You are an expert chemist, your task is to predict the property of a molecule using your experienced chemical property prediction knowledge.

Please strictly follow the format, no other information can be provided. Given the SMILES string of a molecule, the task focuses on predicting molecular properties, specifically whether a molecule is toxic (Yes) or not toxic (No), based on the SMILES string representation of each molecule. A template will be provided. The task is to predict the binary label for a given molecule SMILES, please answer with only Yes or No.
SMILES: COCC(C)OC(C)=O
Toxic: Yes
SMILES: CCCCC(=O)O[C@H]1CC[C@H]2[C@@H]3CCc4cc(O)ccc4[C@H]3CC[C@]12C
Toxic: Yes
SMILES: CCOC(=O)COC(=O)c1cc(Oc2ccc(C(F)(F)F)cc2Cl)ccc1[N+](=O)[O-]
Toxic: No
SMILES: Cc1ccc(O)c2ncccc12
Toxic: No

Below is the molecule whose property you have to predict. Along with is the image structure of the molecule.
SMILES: NO
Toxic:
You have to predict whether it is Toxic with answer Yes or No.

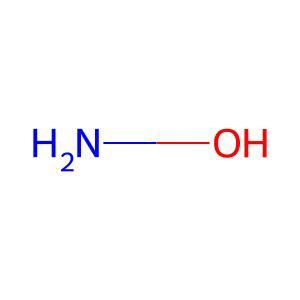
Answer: No